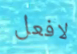
لافعل